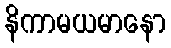
နိကာမယမာနော